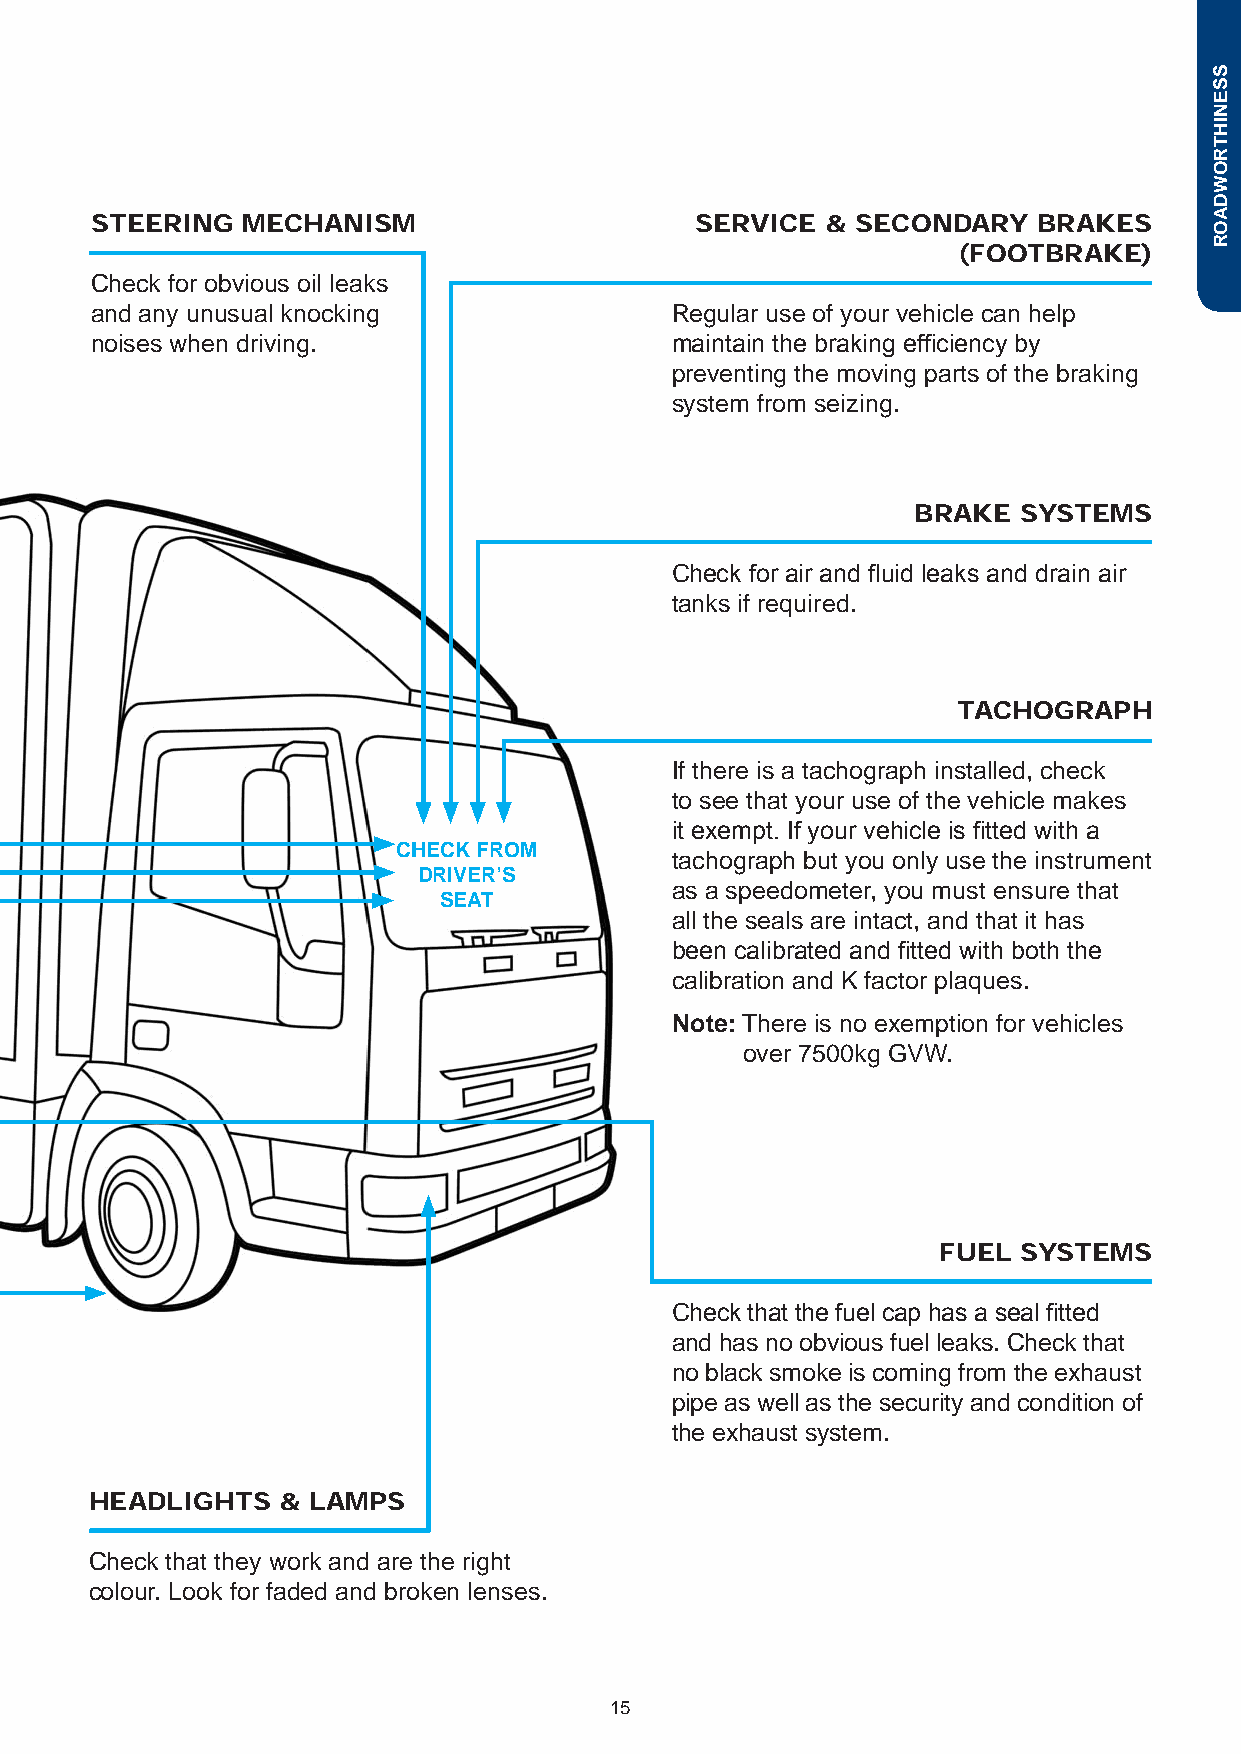
STEERING  MECHANISM                     SERVICE  & SECONDARY   BRAKES
 (FOOTBRAKE)
 Check for obvious oil leaks
 and any unusual knocking              Regular use of your vehicle can help
 noises when driving.                  maintain the braking efficiency by
 preventing the moving parts of the braking
 system from seizing.
 BRAKE  SYSTEMS
 Check for air and fluid leaks and drain air
 tanks if required.
 TACHOGRAPH
 If there is a tachograph installed, check
 to see that your use of the vehicle makes
 it exempt. If your vehicle is fitted with a
 CHECK FROM
 tachograph but you only use the instrument
 DRIVER’S
 as a speedometer, you must ensure that
 SEAT
 all the seals are intact, and that it has
 been calibrated and fitted with both the
 calibration and K factor plaques.
 Note: There is no exemption for vehicles
 over 7500kg GVW.
 FUEL SYSTEMS
 Check that the fuel cap has a seal fitted
 and has no obvious fuel leaks. Check that
 no black smoke is coming from the exhaust
 pipe as well as the security and condition of
 the exhaust system.
 HEADLIGHTS  & LAMPS
 Check that they work and are the right
 colour. Look for faded and broken lenses.
 15
 SSENIHTROWDAOR